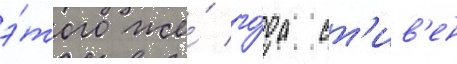
э́того же́ го́да ст'ив'ен